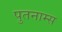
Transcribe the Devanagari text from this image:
पुतनाम्स